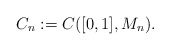
\begin{align*}C_n:=C([0,1],M_n).\end{align*}